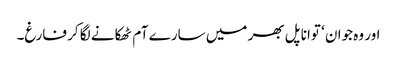
اور وہ جوان ‘ توانا پل بھر میں سارے آم ٹھکانے لگا کر فارغ۔